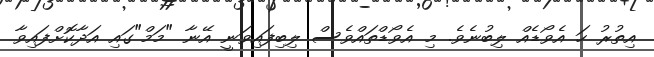
އިތުރު ހަ އެވޯޑެއް ލިބުނެވެ. މި އެވޯޑްތައްވެސް ލިބިފައިވަނީ އޭނާ "މަމް"ގައި އަދާކޮށްފައިވާ